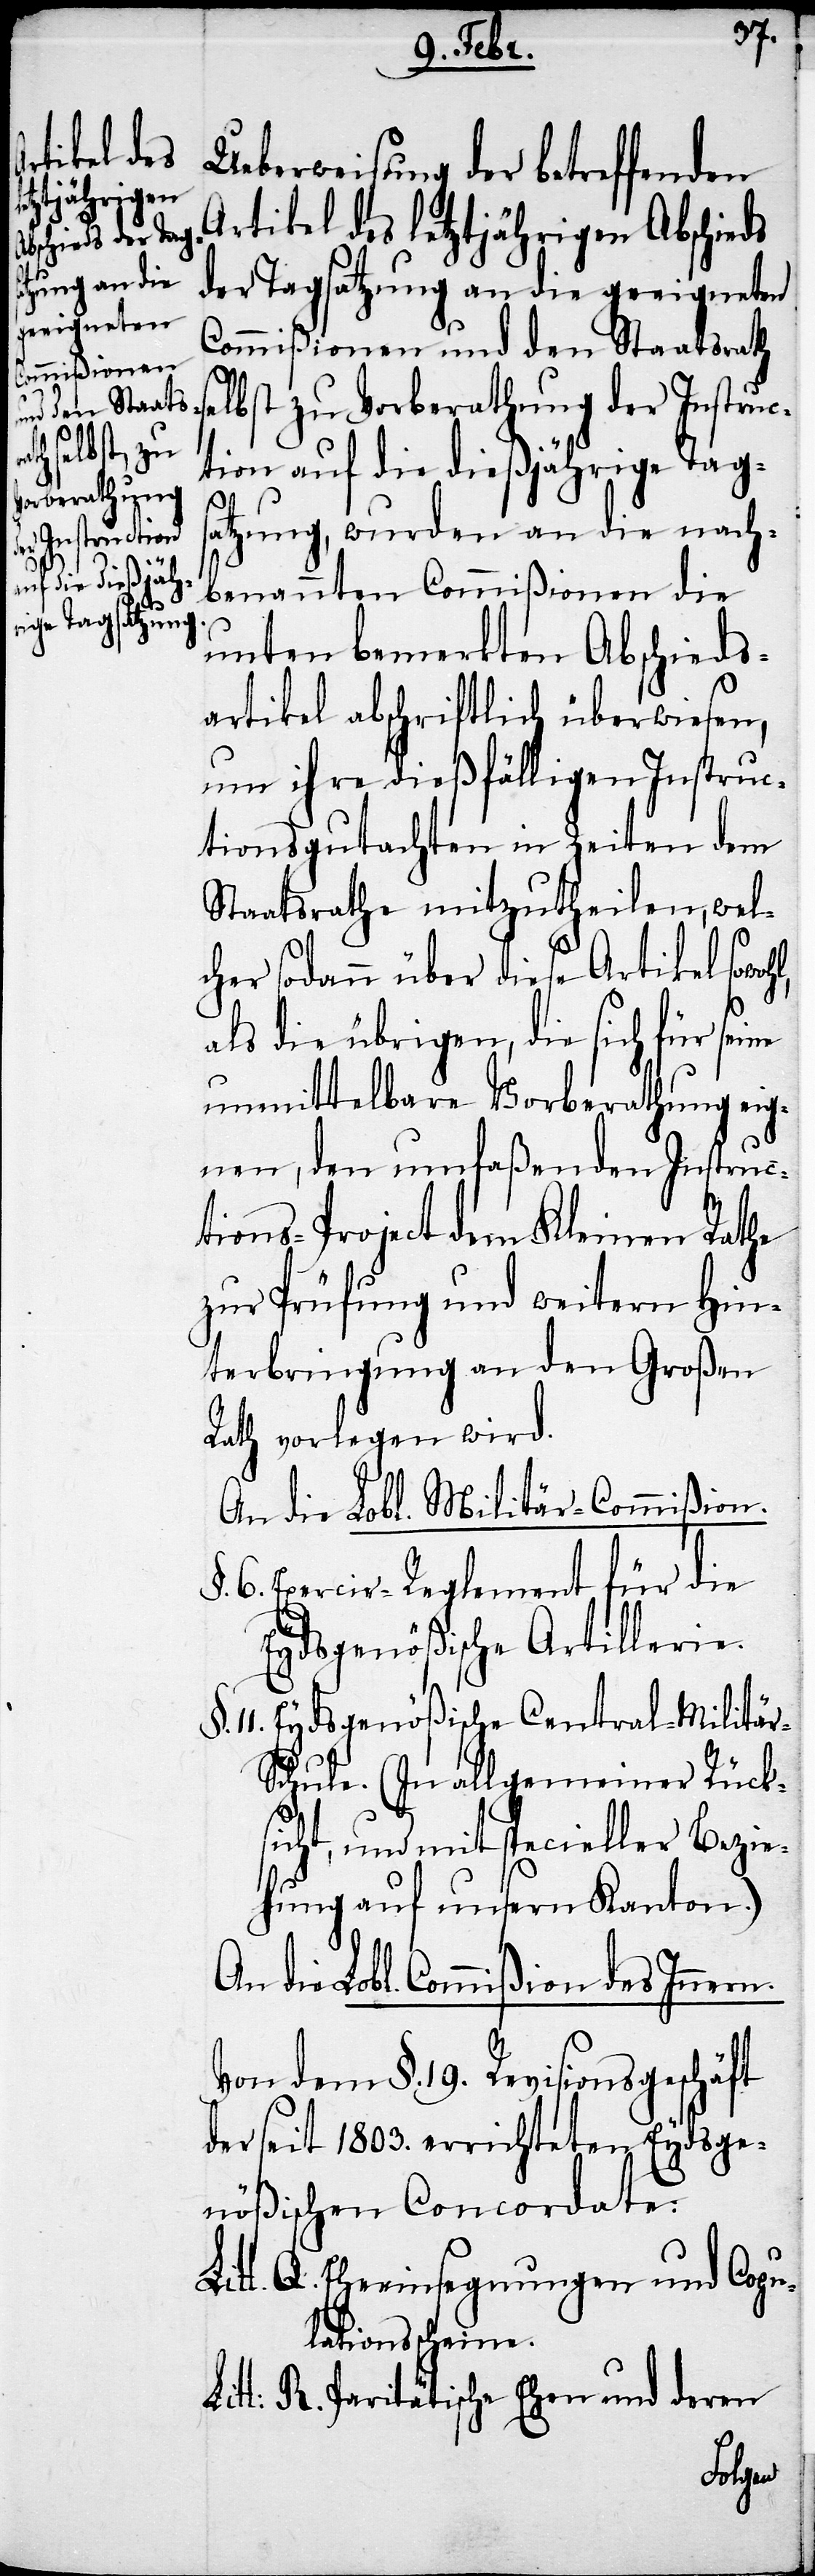
Ueberweisung der betreffenden
Artikel des letztjährigen Abschieds
der Tagsatzung an die geeigneten
Commißionen und den Staatsrath
lbst zu Vorberathung der Instruc¬
tion auf die dießjährige Tags¬
atzung, wurden an die nach¬
benannten Commißionen die
unten bemerkten Abschieds¬
artikel abschriftlich überwiesen,
um ihre dießfälligen Instruc¬
tionsgutachten in Zeiten dem
Staatsrathe mitzutheilen, wel¬
cher sodann über diese Artikel so¬
als die übrigen, die sich für sei¬
unmittelbare Vorberathung eig¬
nen, den umfaßenden Instruc¬
tions-Project dem Kleinen Rathe
zur Prüfung und weitern Hin¬
terbringung an den Großen
Rath vorlegen wird.
An die Lobl: Militär-Commißion.
§. 6. Exercir-Reglement für die
Eydsgenößische Artillerie.
11. Eydsgenößische Central-Militär-S¬
chule. (In allgemeiner Rück¬
sicht, und mit specieller Bezie¬
hung auf unsern Kanton.)
An die Lobl. Commißion des Innern.
Von dem §. 19. Revisionsgeschäft
der seit 1803. errichteten Eydsge¬
nößischen Concordate:
Litt. Q. Eheeinsegnungen und Copu¬
lationsscheine.
R. Paritätische Ehen und deren
ne